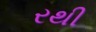
રથી